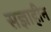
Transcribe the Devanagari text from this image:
सज्ञाहीन